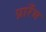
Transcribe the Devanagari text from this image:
प्रारँभ